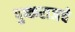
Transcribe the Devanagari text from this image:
पुष्कराजचे